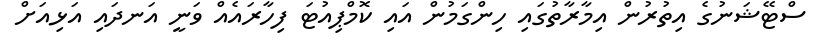
ސްޓޭޝަނުގެ އިތުރުން އިމާރާތުގައި ހިންގަމުން އައި ކޮމްޕިއުޓަ ފިހާރައެއް ވަނީ އަނދައި އަޅިއަށް